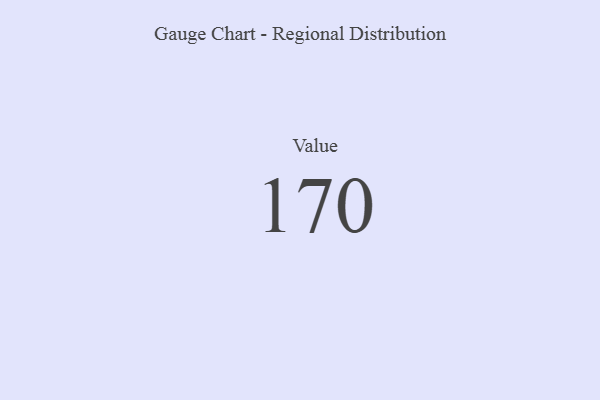
{"axis": {"x": "Metric", "y": "Value"}, "legend": [""], "data": [{"x": "Value", "y": 170, "type": ""}]}